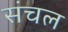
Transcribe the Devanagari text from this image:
संचल